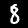
Digit: 8